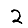
Digit: 2